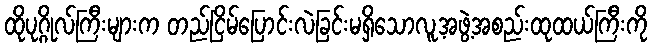
ထိုပုဂ္ဂိုလ်ကြီးများက တည်ငြိမ်ပြောင်းလဲခြင်းမရှိသောလူ့အဖွဲ့အစည်းထုထယ်ကြီးကို